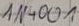
Text: IN4001